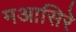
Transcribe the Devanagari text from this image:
मआसिरे